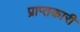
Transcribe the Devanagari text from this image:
प्राप्तकारी